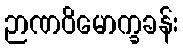
ဉာဏဝိမောက္ခခန်း